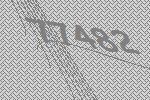
77482